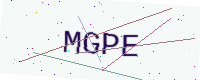
Text: MGPE